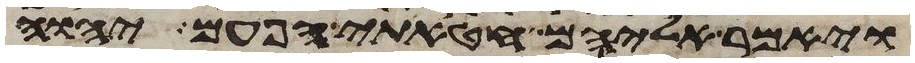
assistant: ויאמר אליהם חטאתי הפעם יהוה